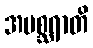
အမစ္ဆရာတိ